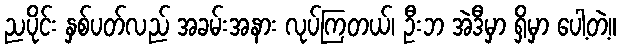
ညပိုင်း နှစ်ပတ်လည် အခမ်းအနား လုပ်ကြတယ်၊ ဦးဘ အဲဒီမှာ ရှိမှာ ပေါ့တဲ့။